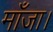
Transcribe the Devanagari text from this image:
माँजा।